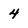
Character: 4